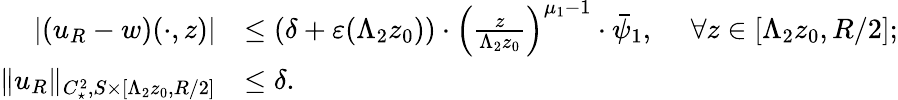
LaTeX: \begin{array}{rl}{|(u_{R}-w)(\cdot,z)|}&{\leq(\delta+\varepsilon(\Lambda_{2}z_{0}))\cdot\left(\frac{z}{\Lambda_{2}z_{0}}\right)^{\mu_{1}-1}\cdot\bar{\psi}_{1},\ \ \ \ \ \forall z\in[\Lambda_{2}z_{0},R/2];}\\ {\| u_{R}\| _{C_{\star}^{2},S\times[\Lambda_{2}z_{0},R/2]}}&{\leq\delta.}\end{array}